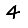
Digit: 4